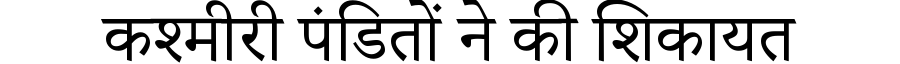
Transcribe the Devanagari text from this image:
कश्मीरी पंडितों ने की शिकायत